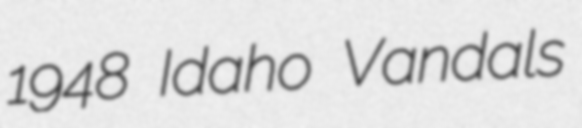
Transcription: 1948 Idaho Vandals